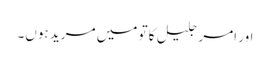
اور امر جلیل کا تو میں مرید ہوں۔